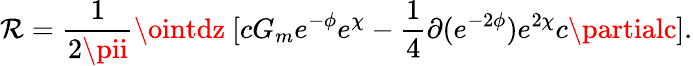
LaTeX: \mathcal{R}=\frac{{1}}{{2\pii}}\ointdz~[cG_{m}e^{-\phi}e^{\chi}-\frac{{1}}{{4}}\partial(e^{-2\phi})e^{2\chi}c\partialc].